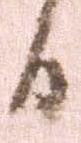
日